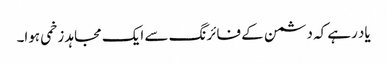
یاد رہے کہ دشمن کے فائرنگ سے ایک مجاہد زخمی ہوا۔